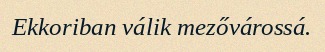
Ekkoriban válik mezővárossá.